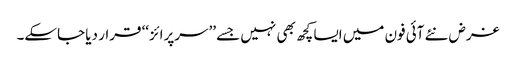
غرض نئے آئی فون میں ایسا کچھ بھی نہیں جسے ’’سرپرائز‘‘ قرار دیا جاسکے۔